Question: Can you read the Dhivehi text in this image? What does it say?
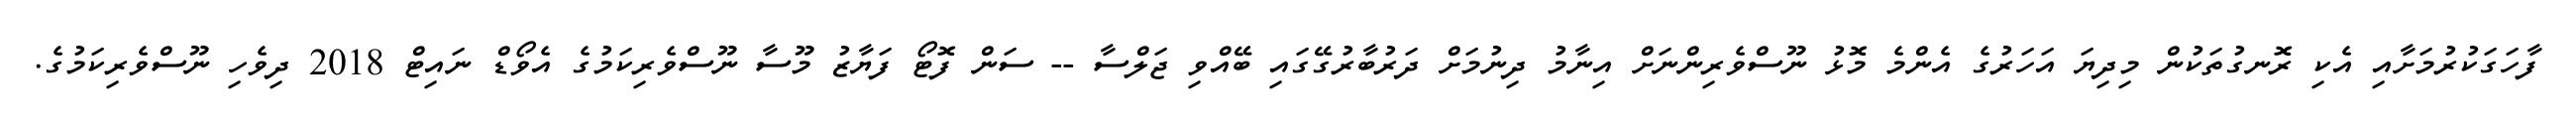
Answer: ފާހަގަކުރުމަށާއި އެކި ރޮނގުތަކުން މިދިޔަ އަހަރުގެ އެންމެ މޮޅު ނޫސްވެރިންނަށް އިނާމު ދިނުމަށް ދަރުބާރުގޭގައި ބޭއްވި ޖަލްސާ -- ސަން ފޮޓޯ ފަޔާޒު މޫސާ ނޫސްވެރިކަމުގެ އެވޯޑް ނައިޓް 2018 ދިވެހި ނޫސްވެރިކަމުގެ.